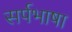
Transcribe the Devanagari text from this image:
सर्पभाषा